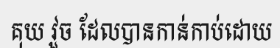
គុយ វួច ដែលបានកាន់កាប់ដោយ